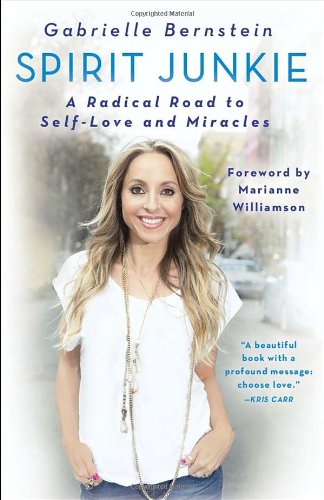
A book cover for Spirit Junkie: A Radical Road to Self-Love and Miracles; Gabrielle Bernstein; Religion & Spirituality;